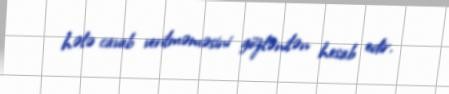
hələ cavab verilməməsini gözlənilən hesab edir.